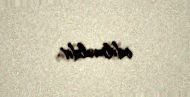
edilməldir.